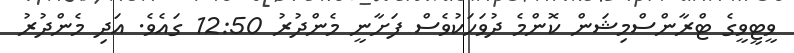
ވީޓީވީގެ ޓްރާންސްމިޝަން ކޮންމެ ދުވަހަކުވެސް ފަށާނީ މެންދުރު 12:50 ގައެވެ. އަދި މެންދުރު